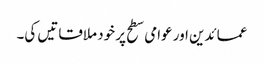
عمائدین اور عوامی سطح پر خود ملاقاتیں کی۔